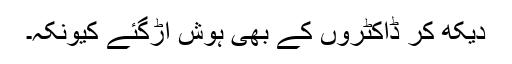
دیکھ کر ڈاکٹروں کے بھی ہوش اُڑگئے کیونکہ۔